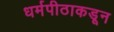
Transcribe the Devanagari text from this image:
धर्मपीठाकडून